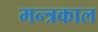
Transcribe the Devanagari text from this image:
मन्त्रकाल